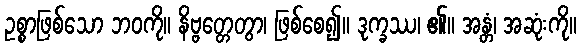
ဥစ္စာဖြစ်သော ဘဝကို။ နိဗ္ဗတ္တေတွာ၊ ဖြစ်စေ၍။ ဒုက္ခဿ၊ ၏။ အန္တံ၊ အဆုံးကို။